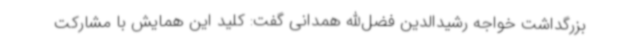
بزرگداشت خواجه رشیدالدین فضل‌الله همدانی گفت: کلید این همایش با مشارکت